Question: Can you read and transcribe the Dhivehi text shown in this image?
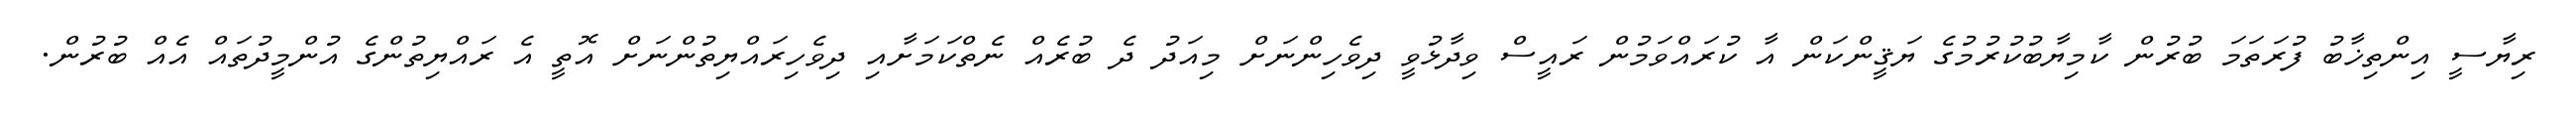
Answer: ރިޔާސީ އިންތިޚާބު ފުރަތަމަ ބުރުން ކާމިޔާބުކުރުމުގެ ޔަޤީންކަން އާ ކުރައްވަމުން ރައީސް ވިދާޅުވީ ދިވެހިންނަށް މިއަދު ދެ ބުރެއް ނެތްކަމަށާއި ދިވެހިރައްޔިތުންނަށް އޮތީ އެ ރައްޔިތުންގެ އުންމީދުތައް އެއް ބުރުން.